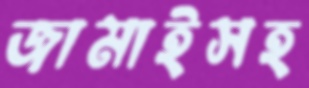
জামাইসহ